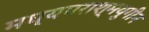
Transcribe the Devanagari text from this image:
मध्यपराश्मयुगीन